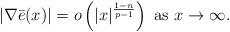
LaTeX: \begin{align*} | \nabla \bar e (x) | = o\left( |x|^{\frac{1-n}{p-1}} \right)\, \, \mbox{as}\, \, x \to \infty. \end{align*}